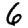
Digit: 6